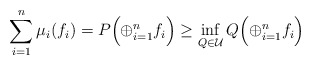
\begin{gather*}\sum_{i=1}^n\mu_i(f_i)=P\Bigl(\oplus_{i=1}^nf_i\Bigr)\ge\inf_{Q\in\mathcal{U}}Q\Bigl(\oplus_{i=1}^nf_i\Bigr)\end{gather*}